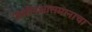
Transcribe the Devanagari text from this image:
जमीनआसमानाचा